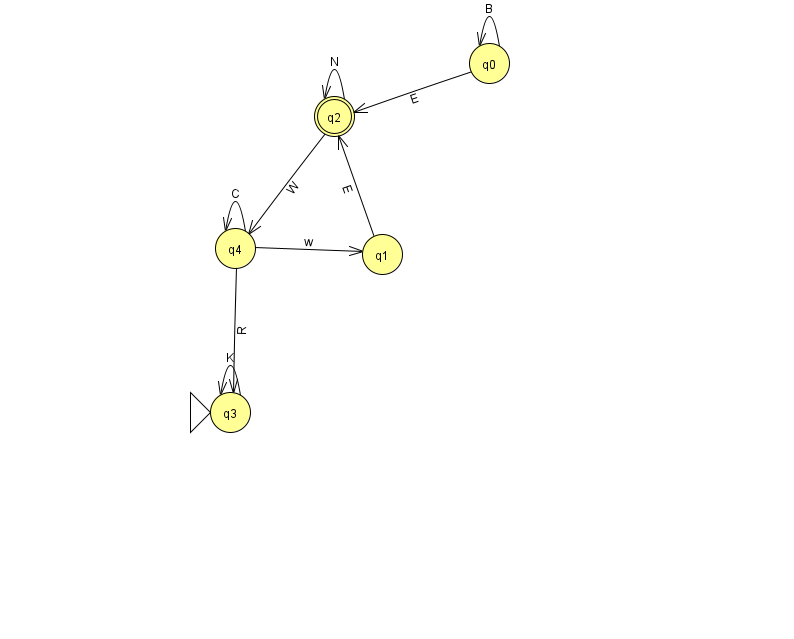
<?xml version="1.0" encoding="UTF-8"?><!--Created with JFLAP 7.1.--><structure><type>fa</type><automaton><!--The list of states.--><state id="0" name="q0"><x>489.0</x><y>50.0</y></state><state id="1" name="q1"><x>382.0</x><y>241.0</y></state><state id="2" name="q2"><x>334.0</x><y>103.0</y><final/></state><state id="3" name="q3"><x>230.0</x><y>399.0</y><initial/></state><state id="4" name="q4"><x>235.0</x><y>235.0</y></state><!--The list of transitions.--><transition><from>4</from><to>1</to><read>w</read></transition><transition><from>0</from><to>0</to><read>B</read></transition><transition><from>1</from><to>2</to><read>E</read></transition><transition><from>4</from><to>4</to><read>C</read></transition><transition><from>2</from><to>4</to><read>W</read></transition><transition><from>0</from><to>2</to><read>E</read></transition><transition><from>3</from><to>3</to><read>K</read></transition><transition><from>4</from><to>3</to><read>R</read></transition><transition><from>2</from><to>2</to><read>N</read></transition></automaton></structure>